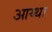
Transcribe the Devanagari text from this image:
आय्था